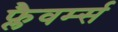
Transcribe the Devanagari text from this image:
फ्लैवर्म्स